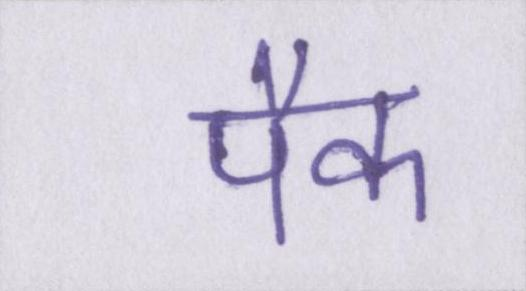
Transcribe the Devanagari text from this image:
पैक